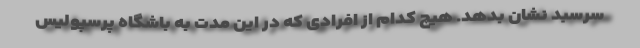
سرسبد نشان بدهد. هیچ کدام از افرادی که در این مدت به باشگاه پرسپولیس